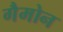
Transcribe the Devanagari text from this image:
गैमोन